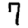
Digit: 7